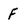
Character: F